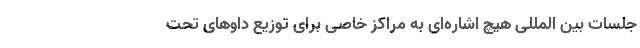
جلسات بین المللی هیچ اشاره‌ای به مراکز خاصی برای توزیع داو‌های تحت